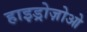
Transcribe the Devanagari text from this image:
हाइड्रोज़ोओ